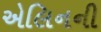
એલિનની